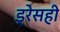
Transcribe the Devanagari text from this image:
ड्रेसही